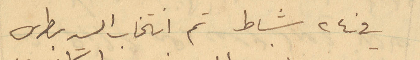
في 24 شباط تم انتخاب السيد بطرس